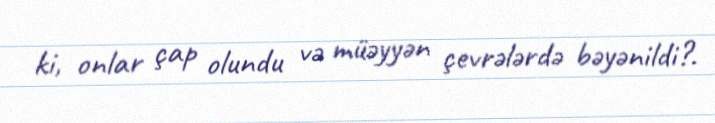
ki, onlar çap olundu və müəyyən çevrələrdə bəyənildi?.